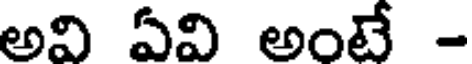
అవి ఏవి అంటే -